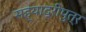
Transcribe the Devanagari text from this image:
सह्याद्रीपुत्र